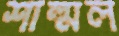
শাল্মল